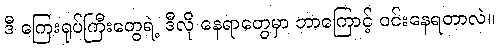
ဒီ ကြေးရုပ်ကြီးတွေရဲ့ ဒီလို နေရာတွေမှာ ဘာကြောင့် ဝင်းနေရတာလဲ။